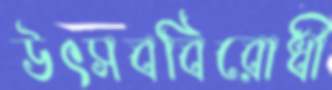
উৎসববিরোধী